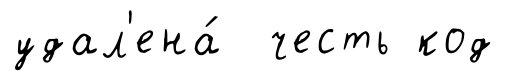
удал'ена́ честь код